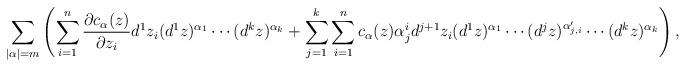
LaTeX: \begin{align*}\sum_{|\alpha|=m} \left(\sum_{i=1}^n\frac{\partial c_\alpha(z)}{\partial z_i} d^1z_i(d^{1}z)^{\alpha_1}\cdots (d^{k}z)^{\alpha_k} +\sum_{j=1}^k\sum_{i=1}^nc_\alpha(z) \alpha_j^id^{j+1}z_i(d^{1}z)^{\alpha_1}\cdots (d^jz)^{\alpha'_{j,i}}\cdots (d^{k}z)^{\alpha_k}\right),\end{align*}